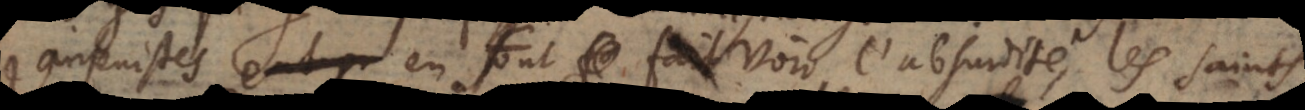
Jansenistes en font voir l’absurdité, les saints